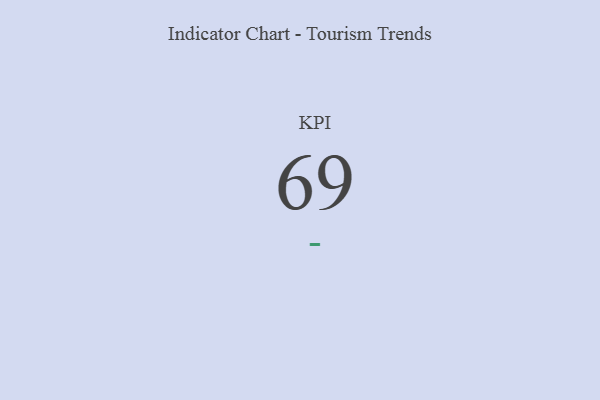
{"axis": {"x": "KPI", "y": "Value"}, "legend": [""], "data": [{"x": "KPI", "y": 69, "type": ""}]}